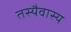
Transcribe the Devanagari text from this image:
तस्यैवास्य